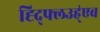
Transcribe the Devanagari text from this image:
ह्द्फ्लिउह्॑एब